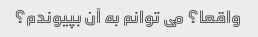
واقعا؟ می توانم به آن بپیوندم؟